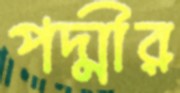
পদ্মীর